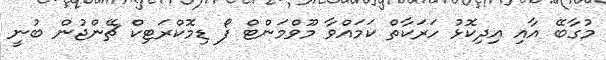
މުގާބޭ އާއި އިދިކޮޅު ހަރަކާތް ކަމައްވާ މޫވްމަންޓް ފޯ ޑިމޮކްރަޓިކް ޗޭންޖުން ބުނީ